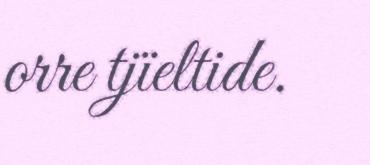
orre tjïeltide.